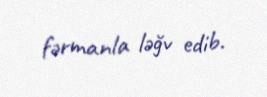
fərmanla ləğv edib.